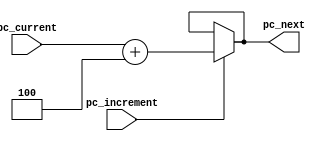
module pc_incrementer(pc_current,pc_increment,pc_next);
  input [31:0] pc_current;
  input pc_increment;
  output [31:0] pc_next;
  
  wire [31:0] pc_current;
  wire pc_increment;
  wire [31:0] pc_next;
  
  //later include exception handling if overflow in pc address????
  
  assign pc_next=(pc_increment==1)? pc_current+4:pc_next;
  
endmodule